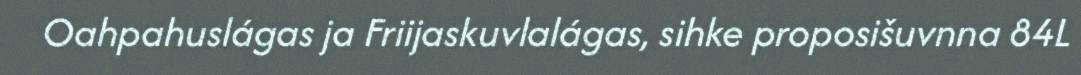
Oahpahuslágas ja Friijaskuvlalágas, sihke proposišuvnna 84L